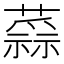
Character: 𧀂